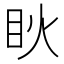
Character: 𥄣